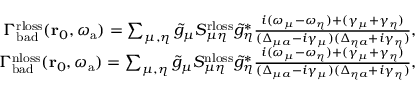
\begin{array} { r } { \Gamma _ { \mathrm { b a d } } ^ { \mathrm { r l o s s } } ( \mathbf { r } _ { 0 } , { \omega _ { \mathrm { a } } } ) = \sum _ { \mu , \eta } \tilde { g } _ { \mu } S _ { \mu \eta } ^ { \mathrm { r l o s s } } \tilde { g } _ { \eta } ^ { * } \frac { i ( \omega _ { \mu } - \omega _ { \eta } ) + ( \gamma _ { \mu } + \gamma _ { \eta } ) } { ( \Delta _ { \mu a } - i \gamma _ { \mu } ) ( \Delta _ { \eta a } + i \gamma _ { \eta } ) } , } \\ { \Gamma _ { \mathrm { b a d } } ^ { \mathrm { n l o s s } } ( \mathbf { r } _ { 0 } , { \omega _ { \mathrm { a } } } ) = \sum _ { \mu , \eta } \tilde { g } _ { \mu } S _ { \mu \eta } ^ { \mathrm { n l o s s } } \tilde { g } _ { \eta } ^ { * } \frac { i ( \omega _ { \mu } - \omega _ { \eta } ) + ( \gamma _ { \mu } + \gamma _ { \eta } ) } { ( \Delta _ { \mu a } - i \gamma _ { \mu } ) ( \Delta _ { \eta a } + i \gamma _ { \eta } ) } , } \end{array}